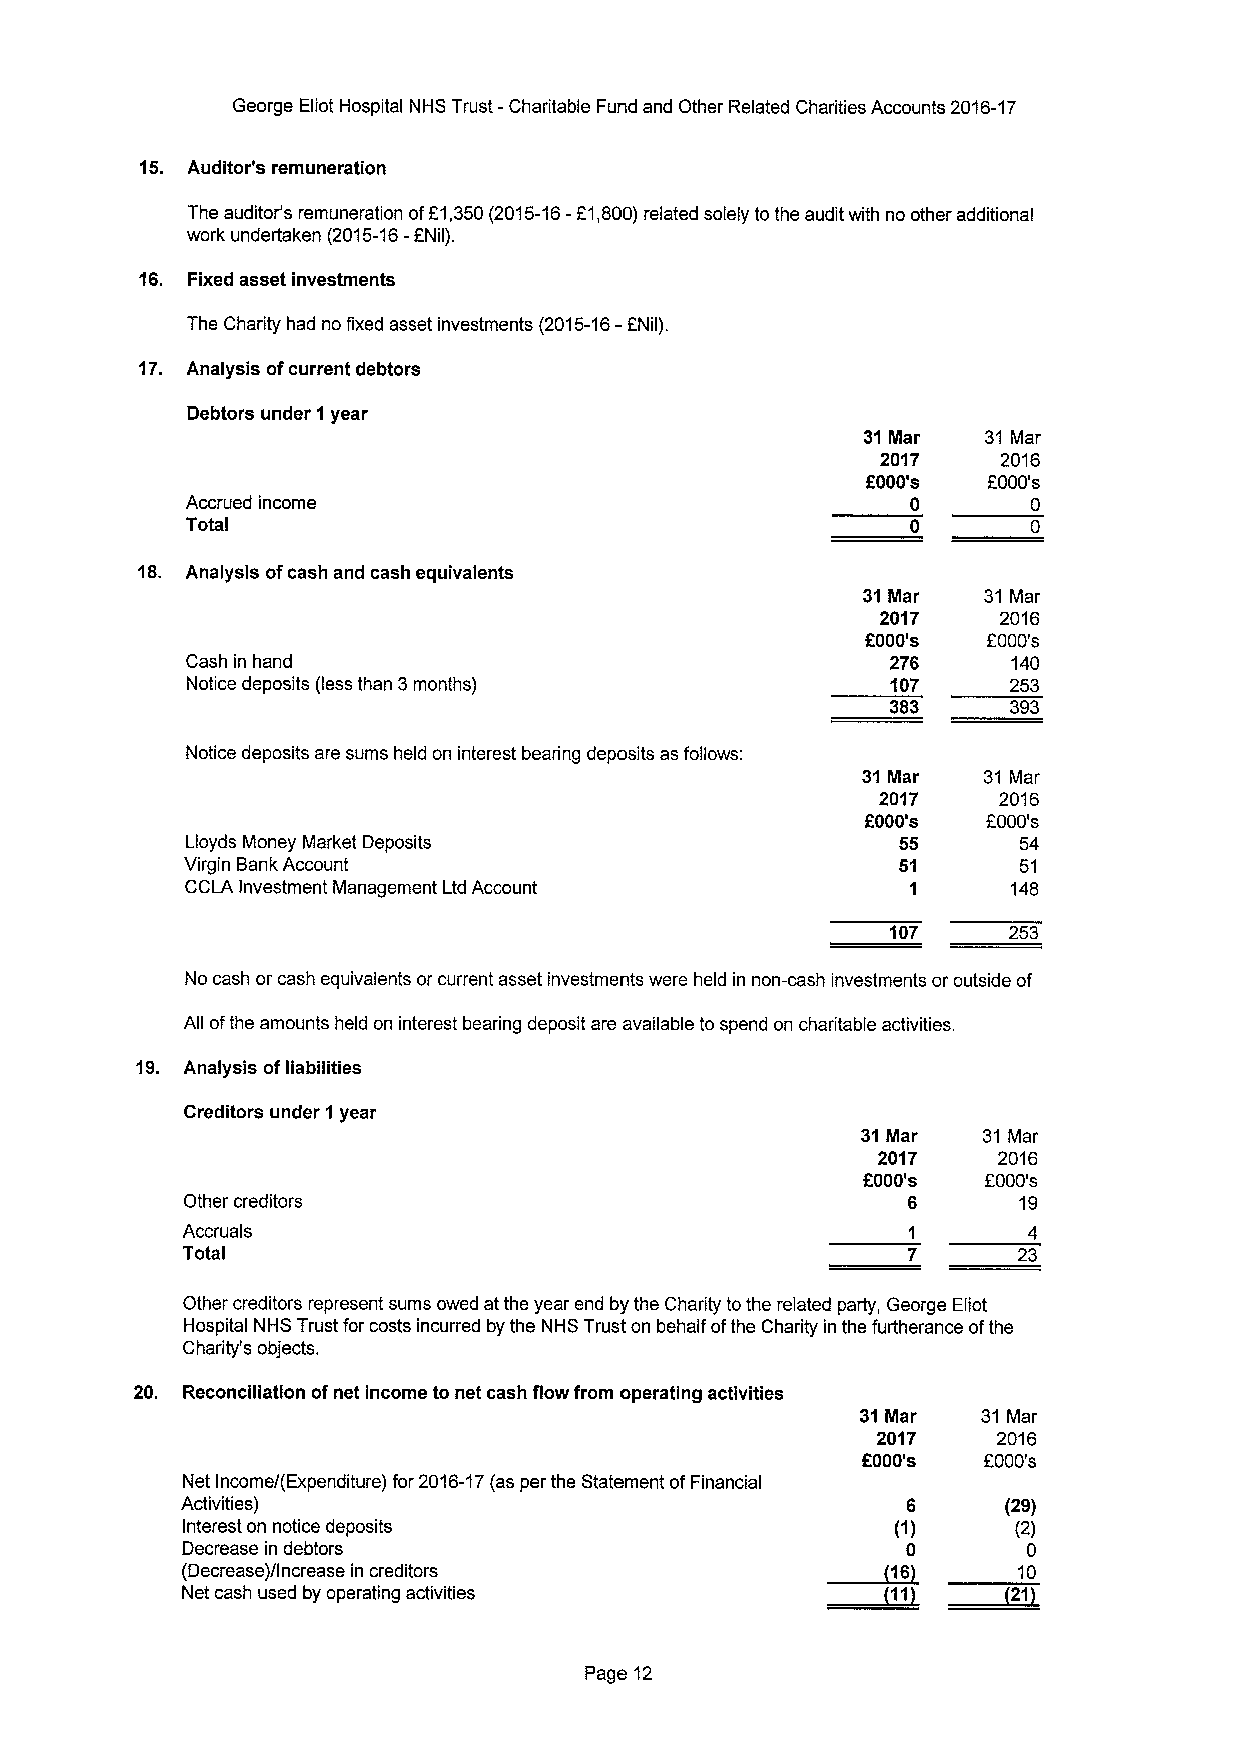
George Eliot Hospital NHS Trust- Charitable Fund and Other Related Charities Accounts 2016-17
 15. Auditor's remuneration
 The auditor's remuneration ofF1,350(2015-16-F1,800)related solely tothe audit with no other additional
 work undertaken (2015-16-FNil).
 16. Fixed asset investments
 The Charity had no fixed asset investments
 (2015-16-f
 Nil).
 17. Analysis ofcurrent debtors
 Debtors under 1year
 31Ilar  31 Mar
 2017    2016
 f000's  2000's
 Accrued income                                  0       0
 Total
 18. Analysis ofcash and cash equivalents
 31Mar   31 Mar
 2017    2016
 f000's  f000's
 Cash in hand                                   276     140
 Notice deposits (less than 3months)            107     253
 383     393
 Notice deposits are sums held on interest bearing deposits as follows:
 31Mar   31 Mar
 2017    2016
 6000's  F000's
 Lloyds Money Market Deposits                   55      54
 Virgin Bank Account                            51      51
 CCLA Investment Management Ltd Account          1      148
 107     253
 No cash or cash equivalents or current asset investments were held in non-cash investments oroutside of
 All ofthe amounts held on interest bearing deposit are available to spend on charitable activities.
 19. Analysis ofliabilities
 Creditors under 1year
 31Mar   31 Mar
 2017    2016
 6000's  6000's
 Other creditors                                 6      19
 Accruals
 Total                                                  23
 Other creditors represent sums owed at the year end by the Charity tothe related party, George Eliot
 Hospital NHS Trust for costs incurred by the NHS Trust on behalf ofthe Charity in the furtherance ofthe
 Charity's objects.
 20. Reconciliation ofnet income to net cash flow from operating activities
 31Mar   31 Mar
 2017    2016
 F000's  2000's
 Net Income/(Expenditure) for 2016-17(as per the Statement ofFinancial
 Activities)                                     6      (29)
 Interest on notice deposits                    (1)     (2)
 Decrease in debtors                        ~160         0
 (Decrease)/Increase in creditors           ~11     ~2110
 Net cash used by operating activities
 Page 12